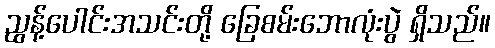
ညွန့်ပေါင်းအသင်းတို့ ခြေစမ်းဘောလုံးပွဲ ရှိသည်။